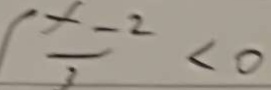
\frac { x - 2 } { 3 } < 0